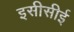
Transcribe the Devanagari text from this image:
इसीसीई